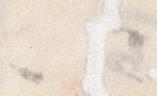
以